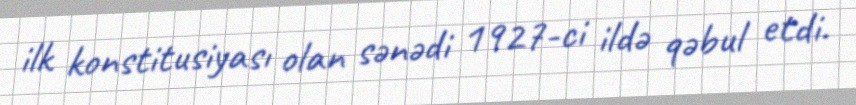
ilk konstitusiyası olan sənədi 1927-ci ildə qəbul etdi.